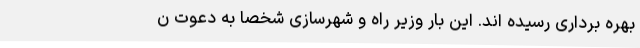
بهره برداری رسیده اند. این بار وزیر راه و شهرسازی شخصاً به دعوت ن